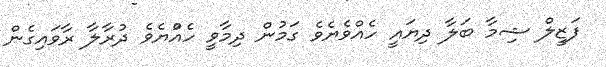
ފަޒީލް ޝިމާ ބަލާ ދިޔައީ ހެއްވެޔެވެ ގަމުން ދިމާވީ ހެއްުޔެވެ ދުރާލާ ރާވައިގެން